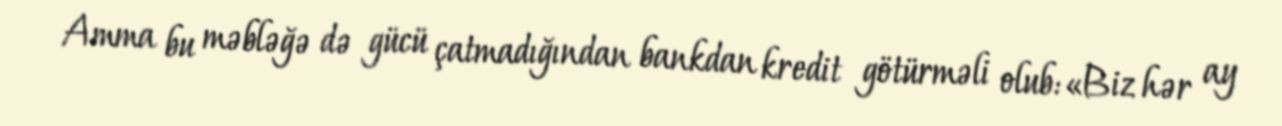
Amma bu məbləğə də gücü çatmadığından bankdan kredit götürməli olub:«Biz hər ay